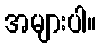
အများပါ။